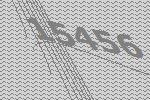
15456